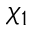
\chi _ { 1 }